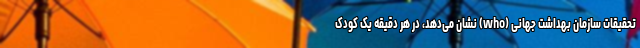
تحقیقات سازمان بهداشت جهانی (who) نشان می‌دهد، در هر دقیقه یک کودک